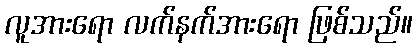
လူအားရော လက်နက်အားရော ဖြစ်သည်။